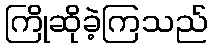
ကြိုဆိုခဲ့ကြသည်